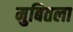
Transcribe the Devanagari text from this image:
मुबितला